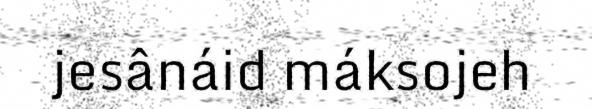
jesânáid máksojeh